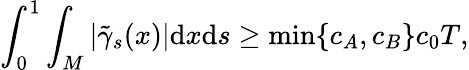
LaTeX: \int_{0}^{1}\int_{M}|\tilde{\gamma}_{s}(x)|\mathrm{d}x\mathrm{d}s\geq\operatorname*{min}\{ c_{A},c_{B}\} c_{0}T,